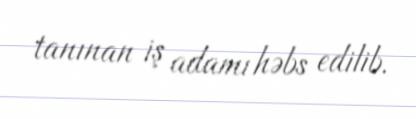
tanınan iş adamı həbs edilib.